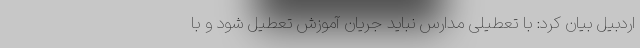
اردبیل بیان کرد: با تعطیلی مدارس نباید جریان آموزش تعطیل شود و با